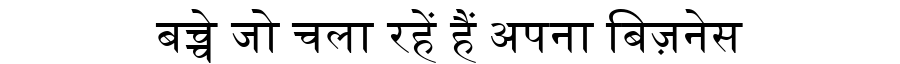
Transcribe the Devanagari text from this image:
बच्चे जो चला रहें हैं अपना बिज़नेस